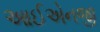
આઈએનજી